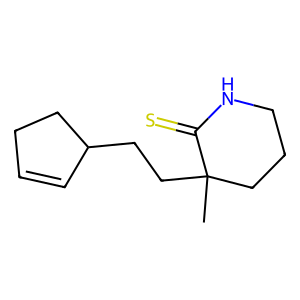
SMILES: CC1(CCC2C=CCC2)CCCNC1=S
Inhibits HIV replication: Yes